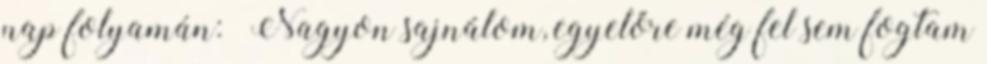
nap folyamán: “Nagyon sajnálom, egyelőre még fel sem fogtam